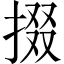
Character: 掇